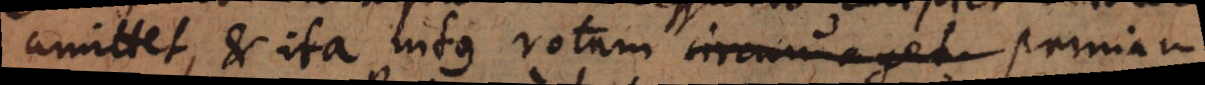
amittet, et ita intus rotam circumaget primam